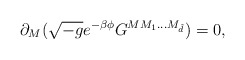
\begin{align*}\partial _{M}(\sqrt{-g}e^{-\beta \phi}G^{MM_{1}...M_{{\tilde d}}})=0, \end{align*}